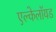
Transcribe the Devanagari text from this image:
एल्केलॉयड